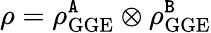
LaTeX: \rho=\rho_{\mathrm{GGE}}^{\tt A}\otimes\rho_{\mathrm{GGE}}^{\tt B}